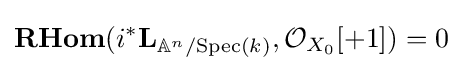
{\textbf {RHom}}(i^{*}\mathbf {L} _{\mathbb {A} ^{n}/{\text{Spec}}(k)},{\mathcal {O}}_{X_{0}}[+1])=0